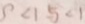
9 < 1 5 < 1